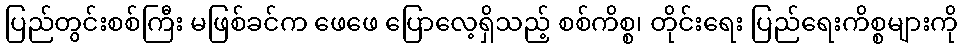
ပြည်တွင်းစစ်ကြီး မဖြစ်ခင်က ဖေဖေ ပြောလေ့ရှိသည့် စစ်ကိစ္စ၊ တိုင်းရေး ပြည်ရေးကိစ္စများကို